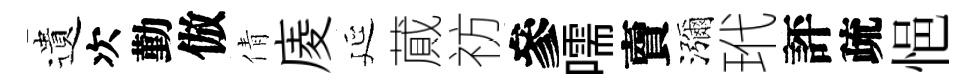
遺次勤倣倩庱延蕆祊參嚅𧶠瀰玳評疏悒